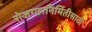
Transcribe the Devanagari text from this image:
रोजगारनिर्मितीसाठी